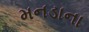
મનડાના